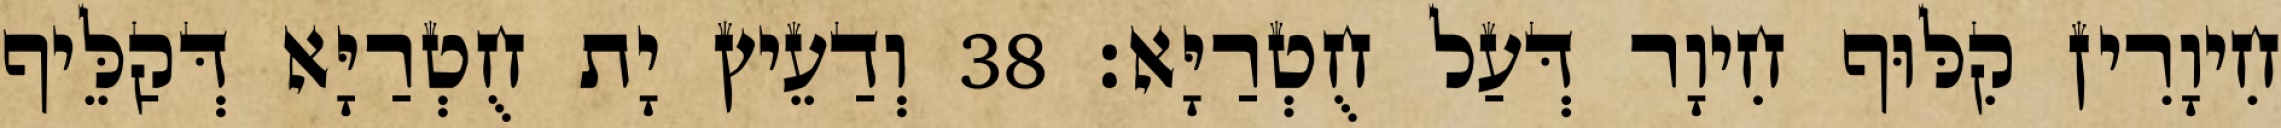
חִיוָרִין קִלּוּף חִיוָר דְּעַל חֻטְרַיָּא׃ 38 וְדַעֵיץ יָת חֻטְרַיָּא דְּקַלֵּיף